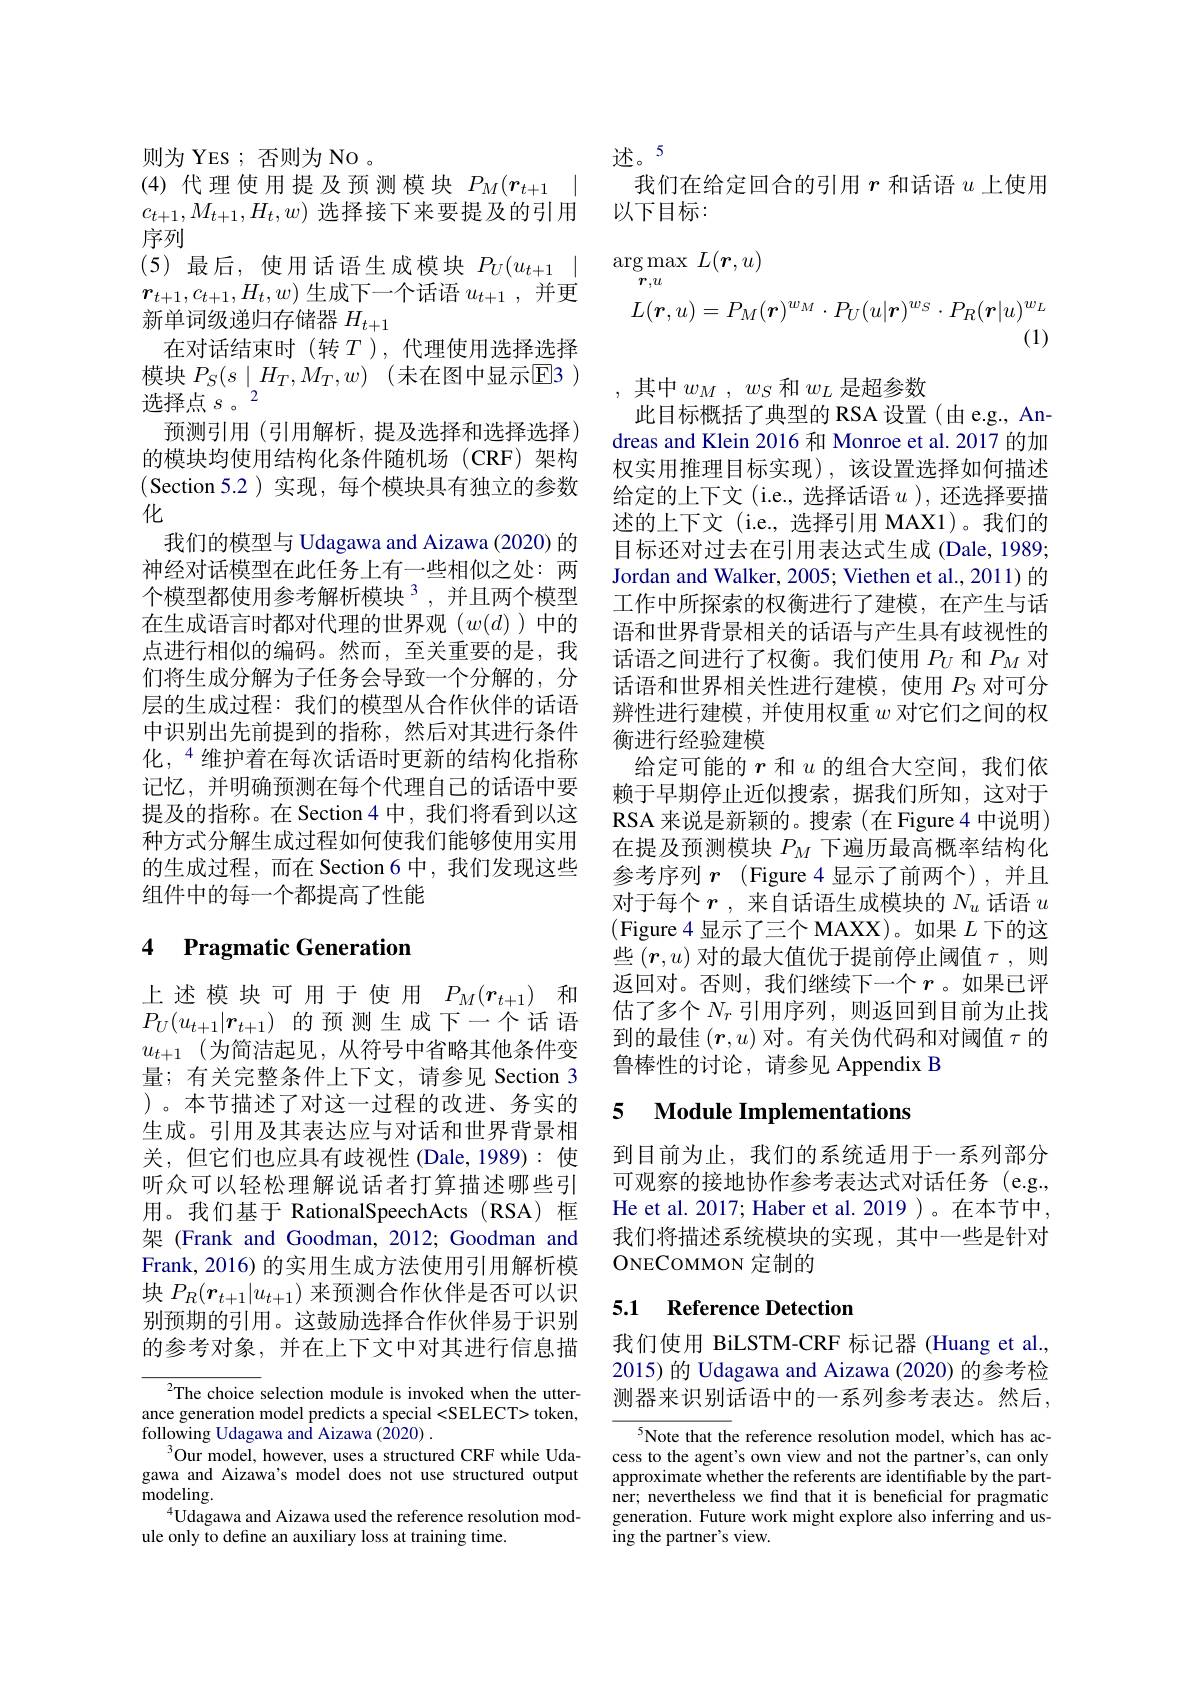
述。5
我们在给定回合的引用$r$和话语$u$上使用
以下目标：

则为 YES ; 否则为 No 。
(4)代理使用提及预测模块$P_M( \boldsymbol{r}_{t+ 1}$ | $c_{t+1},M_{t+1},H_t,w)$选择接下来要提及的引用序列
(5)最后，使用话语生成模块$P_U(u_{t+1}\mid$ $r_{t+1},c_{t+1},H_t,w)$生成下一个话语$u_t+1$,并更新单词级递归存储器$H_{t+1}$
在对话结束时(转$T$),代理使用选择选择模块 $P_S( s\mid H_T, M_T, w)$ (未在图中显示$\mathbb{E}$3 ) 选择点$s$ 。2
预测引用(引用解析，提及选择和选择选择) 的模块均使用结构化条件随机场(CRF)架构(Section 5.2)实现，每个模块具有独立的参数化
我们的模型与 Udagawa and Aizawa (2020) 的神经对话模型在此任务上有一些相似之处：两个模型都使用参考解析模块$^{3}$,并且两个模型在生成语言时都对代理的世界观($w(d)$)中的点进行相似的编码。然而，至关重要的是，我们将生成分解为子任务会导致一个分解的，分层的生成过程：我们的模型从合作伙伴的话语中识别出先前提到的指称，然后对其进行条件化，“维护着在每次话语时更新的结构化指称记忆，并明确预测在每个代理自己的话语中要提及的指称。在 Section 4 中，我们将看到以这种方式分解生成过程如何使我们能够使用实用的生成过程，而在 Section 6 中，我们发现这些组件中的每一个都提高了性能

## 4 Pragmatic Generation

上述模块可用于使用$P_M(r_{t+1})$和$P_U(u_{t+1}|\boldsymbol{r}_{t+1})$的预测生成下一个话语$u_{t+1}$ (为简洁起见，从符号中省略其他条件变量；有关完整条件上下文，请参见 Section 3 )。本节描述了对这一过程的改进、务实的生成。引用及其表达应与对话和世界背景相关，但它们也应具有歧视性(Dale,1989):使听众可以轻松理解说话者打算描述哪些引用。我们基于 RationalSpeechActs (RSA) 框架 (Frank and Goodman, 2012; Goodman and Frank, 2016) 的实用生成方法使用引用解析模块$P_R(\boldsymbol{r}_{t+1}|u_{t+1})$来预测合作伙伴是否可以识别预期的引用。这鼓励选择合作伙伴易于识别的参考对象，并在上下文中对其进行信息描

$^{2}$The choice selection module is invoked when the utterance generation model predicts a special <SELECT> token, following Udagawa and Aizawa (2020) .
$^{3}$Our model, however, uses a structured CRF while Udagawa and Aizawa's model does not use structured output ${\mathrm{modeling}}.$
$^{4}$Udagawa and Aizawa used the reference resolution mod-
ule only to define an auxiliary loss at training time.
$$\begin{aligned}\arg\operatorname*{max}_{\boldsymbol{r},u}&L(\boldsymbol{r},u)\\L(\boldsymbol{r},u)&=P_{M}(\boldsymbol{r})^{w_{M}}\cdot P_{U}(u|\boldsymbol{r})^{w_{S}}\cdot P_{R}(\boldsymbol{r}|u)^{w_{L}}\\&\text{(1)}\end{aligned}$$
其中$w_M,w_S$和$w_L$是超参数
此目标概括了典型的 RSA 设置(由e.g., Andreas and Klein 2016 和 Monroe et al. 2017 的加权实用推理目标实现),该设置选择如何描述给定的上下文(i.e.,选择话语$u$ ),还选择要描述的上下文 (i.e.,选择引用 MAX1)。我们的目标还对过去在引用表达式生成 (Dale, 1989; Jordan and Walker, 2005; Viethen et al., 2011) 的工作中所探索的权衡进行了建模，在产生与话语和世界背景相关的话语与产生具有歧视性的话语之间进行了权衡。我们使用$P_U$和$P_M$对话语和世界相关性进行建模，使用$P_S$对可分辨性进行建模，并使用权重$w$对它们之间的权衡进行经验建模
给定可能的$r$和$u$的组合大空间，我们依赖于早期停止近似搜索，据我们所知，这对于RSA 来说是新颖的。搜索(在 Figure 4 中说明) 在提及预测模块$P_M$下遍历最高概率结构化参考序列$r$ (Figure 4 显示了前两个),并且对于每个$r$ ,来自话语生成模块的$N_u$话语$u$ (Figure 4 显示了三个 MAXX)。如果$L$下的这些$(\boldsymbol{r},u)$对的最大值优于提前停止阈值$\tau$,则返回对。否则，我们继续下一个$r$ 。如果已评估了多个$N_r$引用序列，则返回到目前为止找到的最佳$(\boldsymbol{r},u)$对。有关伪代码和对阈值$\tau$的鲁棒性的讨论，请参见 Appendix B

### 5 Module Implementations

到目前为止，我们的系统适用于一系列部分可观察的接地协作参考表达式对话任务(e.g., He et al. 2017; Haber et al. 2019 )。在本节中， 我们将描述系统模块的实现，其中一些是针对ONECOMMON 定制的

## 5.1 Reference Detection

我们使用 BiLSTM-CRF 标记器 (Huang et al., 2015) 的 Udagawa and Aizawa (2020) 的参考检测器来识别话语中的一系列参考表达。然后，

$^{5}$Note that the reference resolution model, which has access to the agent's own view and not the partner's, can only approximate whether the referents are identifiable by the partner; nevertheless we find that it is beneficial for pragmatic generation. Future work might explore also inferring and using the partner's view.